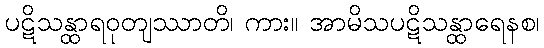
ပဋိသန္ထာရဝုတျဿာတိ၊ ကား။ အာမိသပဋိသန္ထာရေနစ၊